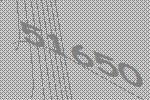
51650